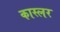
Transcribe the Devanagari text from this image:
कास्लर